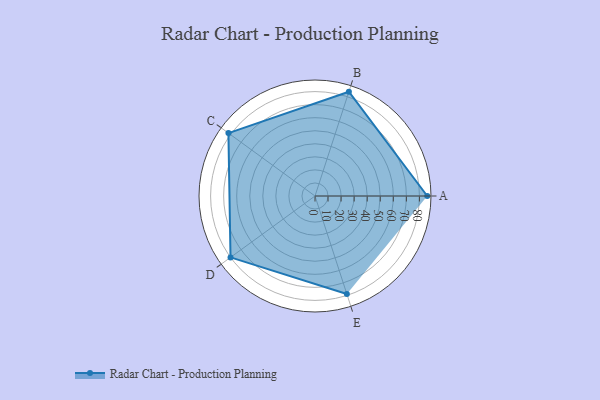
{"axis": {"x": "Skill", "y": "Score"}, "legend": ["Profile"], "data": [{"x": "A", "y": 86.0, "type": "Profile"}, {"x": "B", "y": 84.0, "type": "Profile"}, {"x": "C", "y": 82.0, "type": "Profile"}, {"x": "D", "y": 80.0, "type": "Profile"}, {"x": "E", "y": 79.0, "type": "Profile"}]}